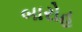
બારોહ